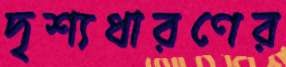
দৃশ্যধারণের